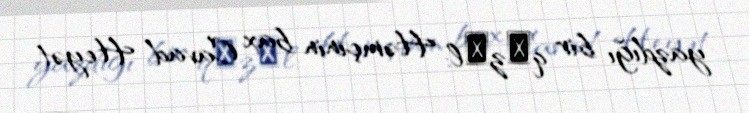
yazdığı bir qәzәl: Həmçinin bax Cavad Heyət.